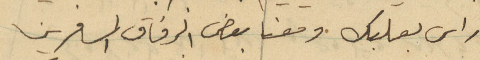
راس بعلبك ومعنا بعض الرفاق المسافرين